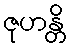
ဇုဟန္တိ